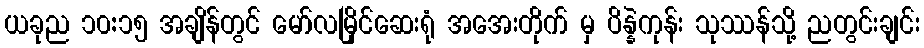
ယခုည ၁၀:၁၅ အချိန်တွင် မော်လမြိုင်ဆေးရုံ အအေးတိုက် မှ ပိန္နဲကုန်း သုဿန်သို့ ညတွင်းချင်း